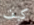
كيف